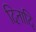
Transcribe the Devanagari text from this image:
दिनादि